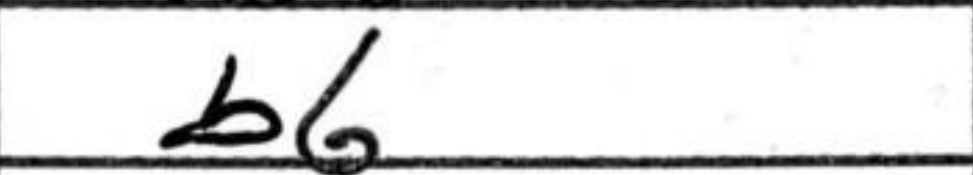
Transcription: b6